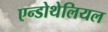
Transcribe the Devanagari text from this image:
एन्डोथेलियल